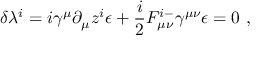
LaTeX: \delta \lambda ^ { i } = i \gamma ^ { \mu } \partial _ { \mu } z ^ { i } \epsilon + { \frac { i } { 2 } } { \cal F } _ { \mu \nu } ^ { i - } \gamma ^ { \mu \nu } \epsilon = 0 \ ,